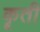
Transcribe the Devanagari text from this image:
कॄती